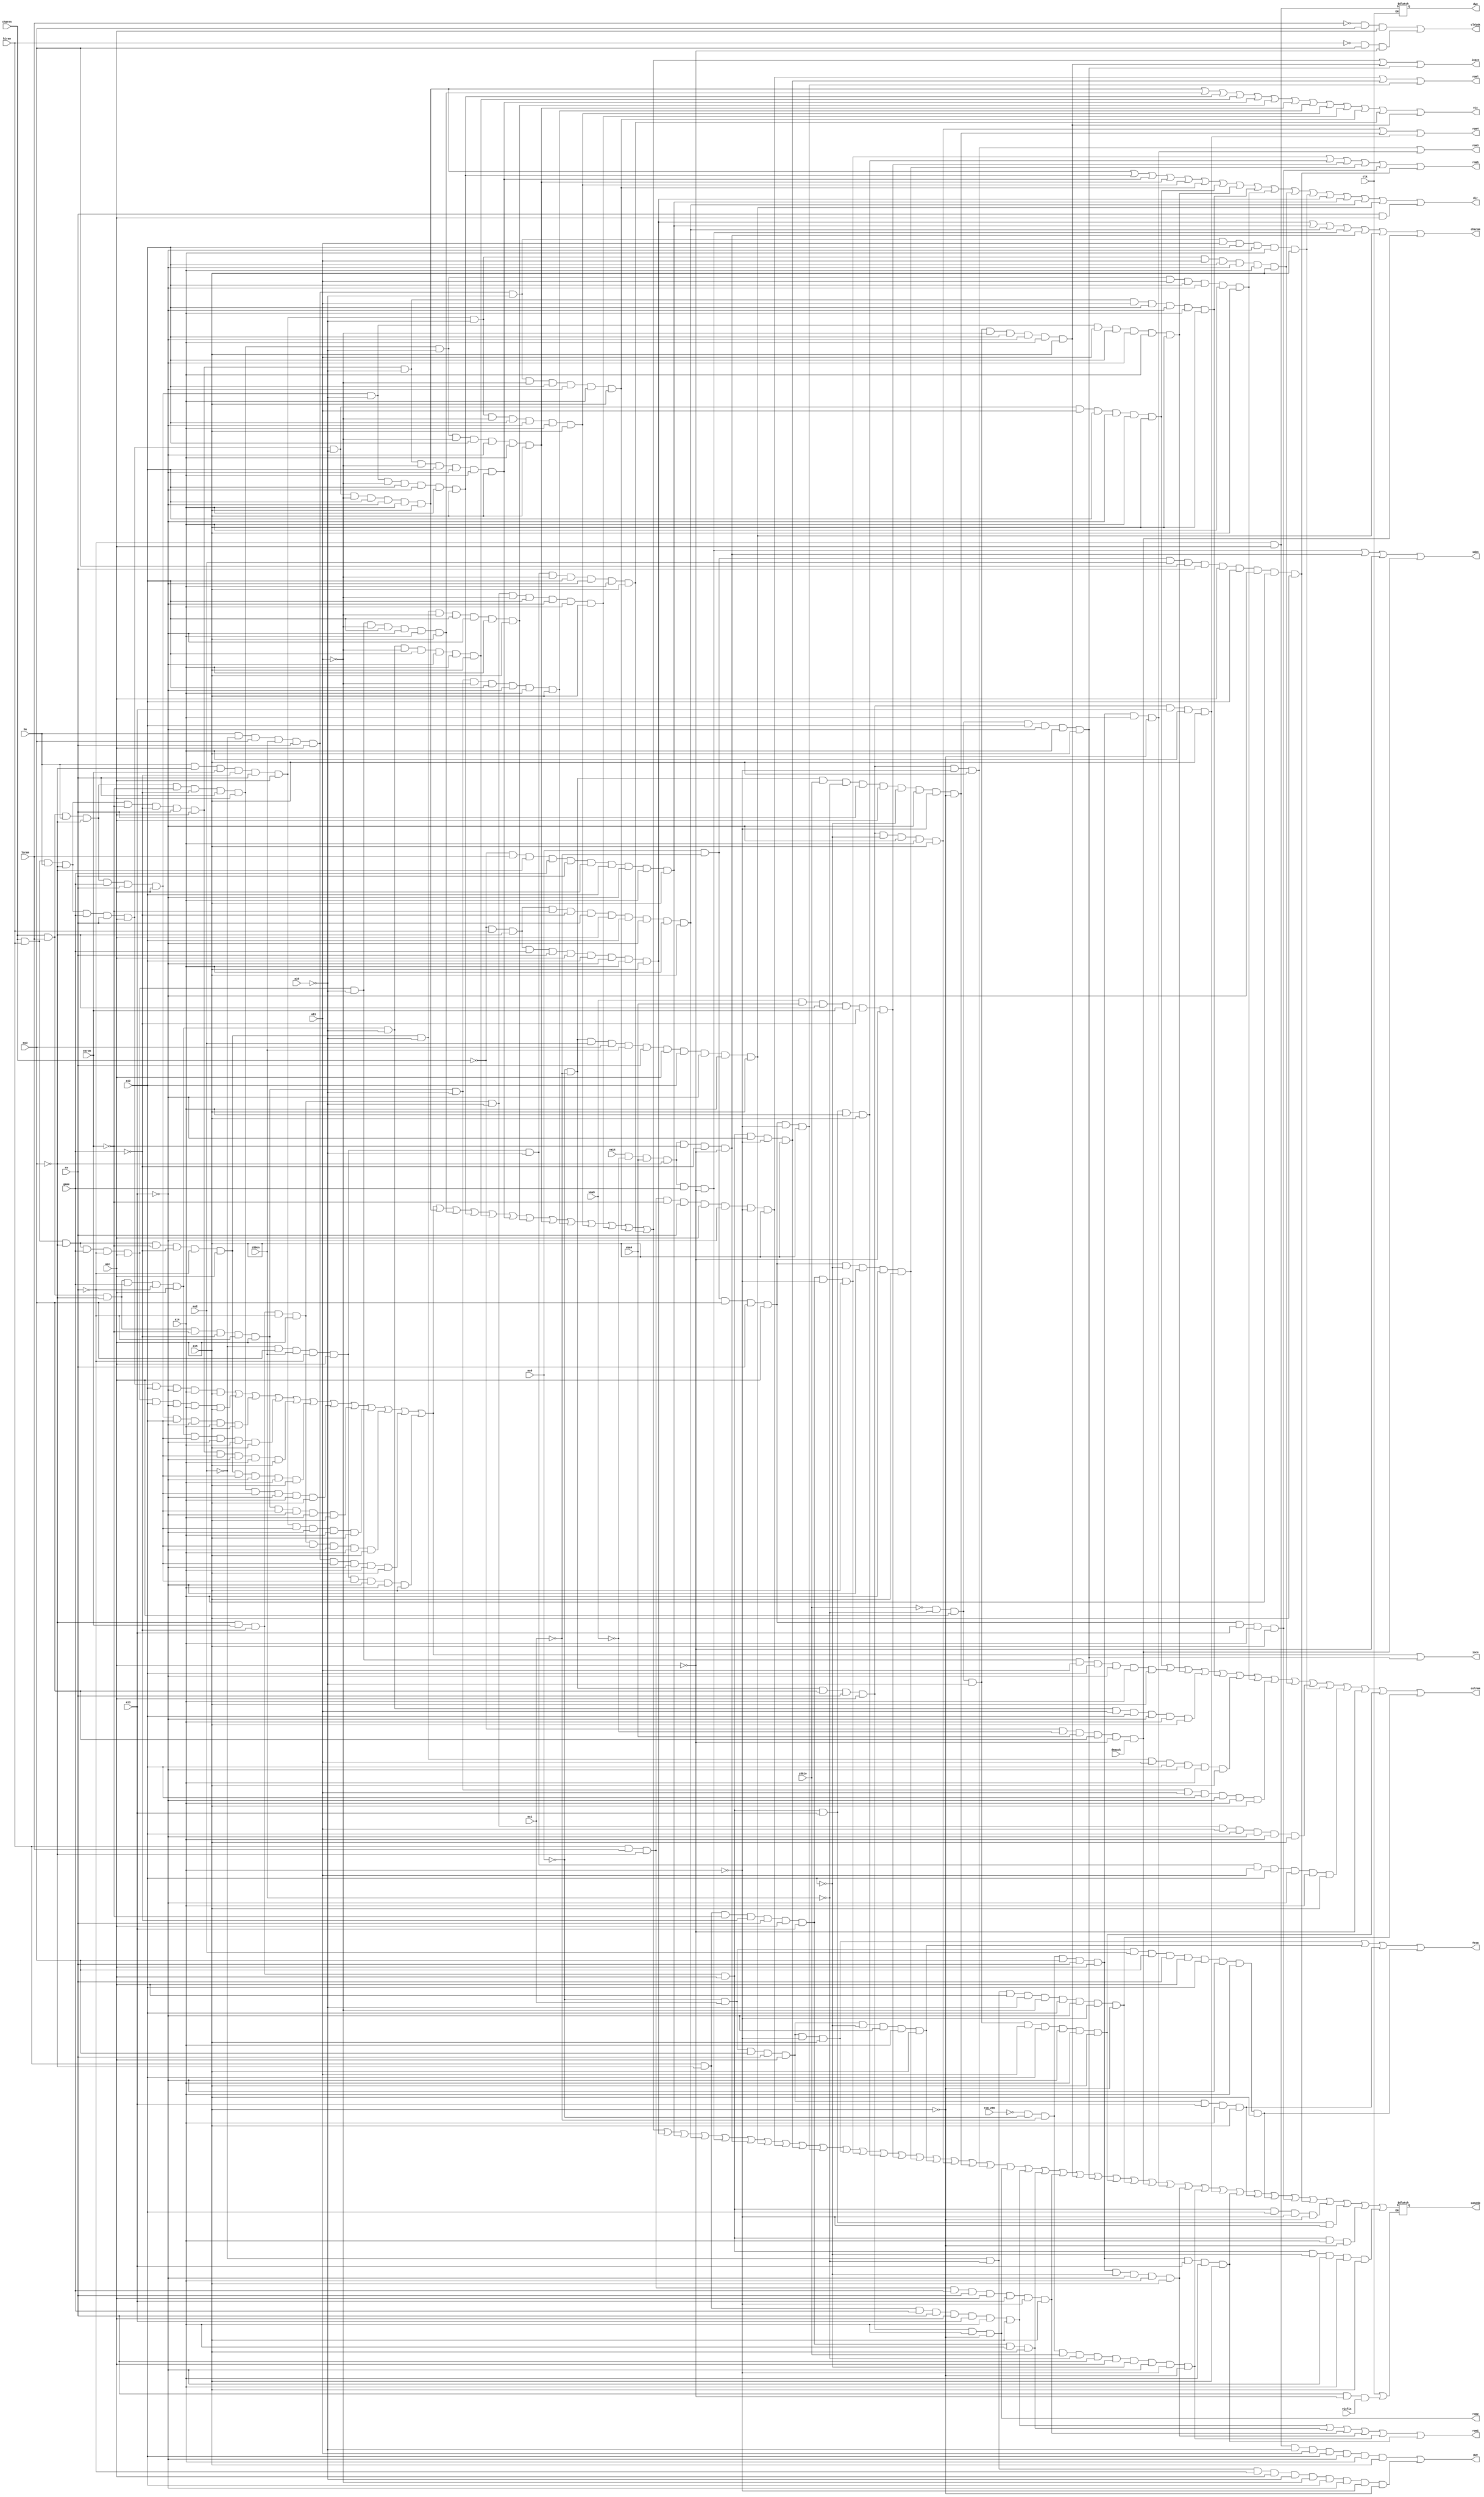
module pla_8721(
    input rom_256,
    input va14,
    input charen,
    input hiram,
    input loram,
    input ba,
    input vma5,
    input vma4,
    input ms0,
    input ms1,
    input ms2,
    input ms3,
    input z80io,
    input z80en,
    input exrom,
    input game,
    input rw,
    input aec,
    input dmaack,
    input vicfix,
    input a10,
    input a11,
    input a12,
    input a13,
    input a14,
    input a15,
    input clk,

    output sden,
    output roml,
    output romh,
    output clrbnk,
    output from,
    output rom4,
    output rom3,
    output rom2,
    output rom1,
    output iocs,
    output dir,
    output reg dwe,
    output reg casenb,
    output vic,
    output ioacc,
    output gwe,
    output colram,
    output charom);

wire p0;
wire p1;
wire p2;
wire p3;
wire p4;
wire p5;
wire p6;
wire p7;
wire p8;
wire p9;
wire p10;
wire p11;
wire p12;
wire p13;
wire p14;
wire p15;
wire p16;
wire p17;
wire p18;
wire p19;
wire p20;
wire p21;
wire p22;
wire p23;
wire p24;
wire p25;
wire p26;
wire p27;
wire p28;
wire p29;
wire p30;
wire p31;
wire p32;
wire p33;
wire p34;
wire p35;
wire p36;
wire p37;
// p38 removed
wire p39;
wire p40;
wire p41;
wire p42;
wire p43;
wire p44;
wire p45;
wire p46;
wire p47;
wire p48;
wire p49;
wire p50;
wire p51;
wire p52;
wire p53;
wire p54;
wire p55;
wire p56;
wire p57;
wire p58;
wire p59;
wire p60;
wire p61;
wire p62;
wire p63;
wire p64;
wire p65;
wire p66;
wire p67;
wire p68;
wire p69;
wire p70;
wire p71;
wire p72;
// p73 removed
wire p74;
wire p75;
wire p76;
wire p77;
wire p78;
wire p79;
wire p80;
wire p81;
wire p82;
wire p83;
wire p84;
wire p85;
wire p86;
wire p87;
wire p88;
wire p89;

wire casenb_int;
wire casenb_latch;

/* Product terms */

assign p0 = charen && hiram && ba && !ms3 && game &&  rw && aec && a12 && !a13 && a14 && a15;
assign p1 = charen && hiram &&      !ms3 && game && !rw && aec && a12 && !a13 && a14 && a15;
assign p2 = charen && loram && ba && !ms3 && game &&  rw && aec && a12 && !a13 && a14 && a15;
assign p3 = charen && loram &&      !ms3 && game && !rw && aec && a12 && !a13 && a14 && a15;

assign p4 = charen && hiram && ba && !ms3 && !exrom && !game &&  rw && aec && a12 && !a13 && a14 && a15;
assign p5 = charen && hiram &&      !ms3 && !exrom && !game && !rw && aec && a12 && !a13 && a14 && a15;
assign p6 = charen && loram && ba && !ms3 && !exrom && !game &&  rw && aec && a12 && !a13 && a14 && a15;
assign p7 = charen && loram &&      !ms3 && !exrom && !game && !rw && aec && a12 && !a13 && a14 && a15;

assign p8 = ba && !ms3 && exrom && !game &&  rw && aec && a12 && !a13 && a14 && a15;
assign p9 =      !ms3 && exrom && !game && !rw && aec && a12 && !a13 && a14 && a15;

assign p10 = ba && !ms2 && ms3 && z80en &&  rw && aec && a12 && !a13 && a14 && a15;
assign p11 =      !ms2 && ms3 && z80en && !rw && aec && a12 && !a13 && a14 && a15;

assign p12 = charen && hiram && ba && !ms3 && game &&  rw && aec && !a10 && !a11 && a12 && !a13 && a14 && a15;
assign p13 = charen && hiram &&      !ms3 && game && !rw && aec && !a10 && !a11 && a12 && !a13 && a14 && a15;
assign p14 = charen && loram && ba && !ms3 && game &&  rw && aec && !a10 && !a11 && a12 && !a13 && a14 && a15;
assign p15 = charen && loram &&      !ms3 && game && !rw && aec && !a10 && !a11 && a12 && !a13 && a14 && a15;

assign p16 = charen && hiram && ba && !ms3 && !exrom && !game &&  rw && aec && !a10 && !a11 && a12 && !a13 && a14 && a15;
assign p17 = charen && hiram &&      !ms3 && !exrom && !game && !rw && aec && !a10 && !a11 && a12 && !a13 && a14 && a15;
assign p18 = charen && loram && ba && !ms3 && !exrom && !game &&  rw && aec && !a10 && !a11 && a12 && !a13 && a14 && a15;
assign p19 = charen && loram &&      !ms3 && !exrom && !game && !rw && aec && !a10 && !a11 && a12 && !a13 && a14 && a15;

assign p20 = ba && !ms3 && exrom && !game &&  rw && aec && !a10 && !a11 && a12 && !a13 && a14 && a15;
assign p21 =      !ms3 && exrom && !game && !rw && aec && !a10 && !a11 && a12 && !a13 && a14 && a15;

assign p22 = ba && !ms2 && ms3 && z80en &&  rw && aec && !a10 && !a11 && a12 && !a13 && a14 && a15;
assign p23 =      !ms2 && ms3 && z80en && !rw && aec && !a10 && !a11 && a12 && !a13 && a14 && a15;

assign p24 = charen && hiram && ba && !ms3 && game &&  rw && aec && !a10 && a11 && a12 && !a13 && a14 && a15;
assign p25 = charen && hiram &&      !ms3 && game && !rw && aec && !a10 && a11 && a12 && !a13 && a14 && a15;
assign p26 = charen && loram && ba && !ms3 && game &&  rw && aec && !a10 && a11 && a12 && !a13 && a14 && a15;
assign p27 = charen && loram &&      !ms3 && game && !rw && aec && !a10 && a11 && a12 && !a13 && a14 && a15;

assign p28 = charen && hiram && ba && !ms3 && !exrom && !game &&  rw && aec && !a10 && a11 && a12 && !a13 && a14 && a15;
assign p29 = charen && hiram &&      !ms3 && !exrom && !game && !rw && aec && !a10 && a11 && a12 && !a13 && a14 && a15;
assign p30 = charen && loram && ba && !ms3 && !exrom && !game &&  rw && aec && !a10 && a11 && a12 && !a13 && a14 && a15;
assign p31 = charen && loram &&      !ms3 && !exrom && !game && !rw && aec && !a10 && a11 && a12 && !a13 && a14 && a15;

assign p32 = ba && !ms3 && exrom && !game &&  rw && aec && !a10 && a11 && a12 && !a13 && a14 && a15;
assign p33 =      !ms3 && exrom && !game && !rw && aec && !a10 && a11 && a12 && !a13 && a14 && a15;

assign p34 = ba && !ms2 && ms3 && z80en &&  rw && aec && !a10 && a11 && a12 && !a13 && a14 && a15;
assign p35 =      !ms2 && ms3 && z80en && !rw && aec && !a10 && a11 && a12 && !a13 && a14 && a15;

assign p36 = !aec;
assign p37 = !rw && aec && !a10 && a11 && a12 && !a13 && a14 && a15;

assign p39 = !charen && hiram && !ms3 &&           game && rw && aec && a12 && !a13 && a14 && a15;
assign p40 = !charen && loram && !ms3 &&           game && rw && aec && a12 && !a13 && a14 && a15;
assign p41 = !charen && hiram && !ms3 && !exrom && !game && rw && aec && a12 && !a13 && a14 && a15;

assign p42 = va14 && !vma5 && vma4 && !ms3          &&  game && !aec;
assign p43 = va14 && !vma5 && vma4 && !ms3 && !exrom && !game && !aec;

assign p44 = !ms0 && !ms1 && ms2 && ms3 && z80en && rw && aec && a12 && !a13 && a14 && a15;
assign p45 = hiram && loram && !ms3 && !exrom && rw && aec && !a13 && !a14 && a15;

assign p46 = !ms3 && exrom && !game && aec && !a13 && !a14 && a15;
assign p47 = ms0 && !ms1 && ms3 && rw && aec && !a14 && a15;
assign p48 = !ms0 && ms1 && ms3 && rw && aec && !a14 && a15;

assign p49 = hiram && !ms3 && !exrom && !game && rw && aec && a13 && !a14 && a15;
assign p50 = !ms3 && exrom && !game && aec && a13 && a14 && a15;

assign p51 = vma5 && vma4 && !ms3 && exrom && !game && !aec;
assign p52 =  ms0 && !ms1 && ms3 && rw && aec && !a12 && !a13 && a14 && a15;
assign p53 = !ms0 &&  ms1 && ms3 && rw && aec && !a12 && !a13 && a14 && a15;
assign p54 = !ms0 && !ms1 && ms3 && rw && aec && !a12 && !a13 && a14 && a15;

assign p55 = !ms0 && !ms1 && z80io && !z80en && rw && aec && !a12 && !a13 && !a14 && !a15;
assign p56 = !ms0 && !ms1 && ms3 && rw && aec && !a14 &&  a15;
assign p57 = !ms0 && !ms1 && ms3 && rw && aec &&  a14 && !a15;

assign p58 = hiram         && !ms3          &&  game && rw && aec && a13 &&  a14 && a15;
assign p59 = hiram         && !ms3 && !exrom && !game && rw && aec && a13 &&  a14 && a15;
assign p60 = hiram && loram && !ms3          &&  game && rw && aec && a13 && !a14 && a15;

assign p61 = !z80io && !z80en && aec && !a10 && !a11 && a12 && !a13 && a14 && a15;
assign p62 = !z80io && !z80en && aec               && a12 && !a13 && a14 && a15;
assign p63 = !z80io && !z80en && aec && !a10 &&  a11 && a12 && !a13 && a14 && a15;

assign p64 = !rw && aec;
assign p65 =  rw && aec;
assign p66 = !aec;

assign p67 = !ms2 && !z80en       && aec && !a10 && !a11 && a12 && !a13 && !a14 && !a15;
assign p68 = !ms2 && !z80en && !rw && aec && !a10 && !a11 && a12 && !a13 && !a14 && !a15;

assign p69 = !charen && !vma5 && vma4 && ms3 && !aec && dmaack;

assign p70 = !rom_256 && !ms0 && !ms1 && ms3 && rw && aec               && a14 && !a15;
assign p71 = !rom_256 && !ms0 && !ms1 && ms3 && rw && aec && !a12 && !a13 && a14 &&  a15;
assign p72 = !rom_256 && !ms0 && !ms1 && z80io && !z80en && rw && aec && !a12 && !a13 && !a14 && !a15;

//assign p73 = clk;
assign p74 = rw && !aec && vicfix;

assign p75 =            !ms0 && !ms1       && ms3 && rw && aec       &&  a13 && a14 && a15;
assign p76 = !rom_256 && !ms0 && !ms1       && ms3 && rw && aec       &&  a13 && a14 && a15;
assign p77 =            !ms0 &&  ms1       && ms3 && rw && aec       &&  a13 && a14 && a15;
assign p78 =            !ms0 &&  ms1 && ms2 && ms3 && rw && aec && a12 && !a13 && a14 && a15;
assign p79 =             ms0 && !ms1       && ms3 && rw && aec       &&  a13 && a14 && a15;
assign p80 =             ms0 && !ms1 && ms2 && ms3 && rw && aec && a12 && !a13 && a14 && a15;

assign p81 = !ms3 && exrom && !game && aec &&  a12        && !a14 && !a15;
assign p82 = !ms3 && exrom && !game && aec        &&  a13 && !a14;
assign p83 = !ms3 && exrom && !game && aec               &&  a14 && !a15;
assign p84 = !ms3 && exrom && !game && aec && !a12 && !a13 &&  a14 &&  a15;

assign p85 = !loram && ms3 &&  aec;
assign p86 = !hiram && ms3 && !aec;

/* outputs */

assign sden = p42 || p43 || p66 || p69;
assign roml = p45 || p46 || p47;
assign romh = p49 || p50 || p51 || p52 || p79 || p80;
assign clrbnk = p85 || p86;
assign from = p48 || p53 || p77 || p78;
assign rom4 = p54 || p55 || p75;
assign rom3 = p56 || p70;
assign rom2 = p57;
assign rom1 = p58 || p59 || p60 || p71 || p72 || p76;
assign iocs = p0 || p1 || p2 || p3 || p4 || p5 || p6 || p7 || p8 || p9 || p10 || p11 || p62;
assign dir = p12 || p14 || p16 || p18 || p20 || p22 || p24 || p26 || p28 || p30 || p32 || p34 || p39 || p40 || p41 || p44 || p65;
assign vic = p12 || p13 || p14 || p15 || p16 || p17 || p18 || p19 || p20 || p21 || p22 || p23 || p61;
assign ioacc = p0 || p1 || p2 || p3 || p4 || p5 || p6 || p7 || p8 || p9 || p10 || p11 || 
               p12 || p13 || p14 || p15 || p16 || p17 || p18 || p19 || p20 || p21 || p22 || p23 || p61 || p62;
assign gwe = p37 || p68;
assign colram = p24 || p25 || p26 || p27 || p28 || p29 || p30 || p31 || p32 || p33 || p34 || p35 || p36 || p63 || p67;
assign charom = p39 || p40 || p41 || p42 || p43 || p44 || p69;

assign casenb_latch = clk || p74;

assign casenb_int = p0 || p1 || p2 || p3 || p4 || p5 || p6 || p7 || p8 || p9
                || p10 || p11 || p12 || p13 || p14 || p15 || p16 || p17 || p18 || p19
                || p20 || p21 || p22 || p23 || p39 || p40 || p41 || p42 || p43 || p44
                || p45 || p46 || p47 || p48 || p49 || p50 || p51 || p52 || p53 || p54
                || p55 || p56 || p57 || p58 || p59 || p60 || p61 || p62 || p63 || p67
                || p69 || p70 || p71 || p72 || p75 || p76 || p77 || p78 || p79 || p80
                || p81 || p82 || p83 || p84;

/* Latched outputs */

always @ (clk or p64)
  if (clk)
    dwe <= p64;

always @ (casenb_latch or casenb_int)
  if (casenb_latch)
    casenb <= casenb_int;

endmodule